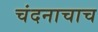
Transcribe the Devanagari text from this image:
चंदनाचाच